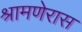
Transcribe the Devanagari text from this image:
श्रामणेरास